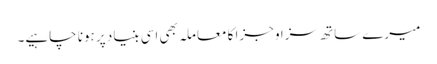
میرے ساتھ سزا و جزا کا معاملہ بھی اسی بنیاد پر ہونا چاہیے۔